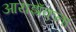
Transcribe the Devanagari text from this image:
आयझॅकना